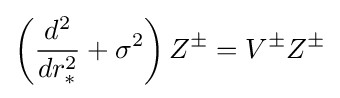
\left({\frac {d^{2}}{dr_{*}^{2}}}+\sigma ^{2}\right)Z^{\pm }=V^{\pm }Z^{\pm }